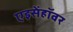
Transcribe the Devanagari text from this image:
एइसेंहॉवर